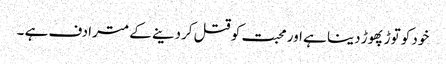
خود کو توڑ پھوڑ دینا ہے اور محبت کو قتل کردینے کے مترادف ہے ۔